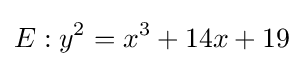
E:y^{2}=x^{3}+14x+19